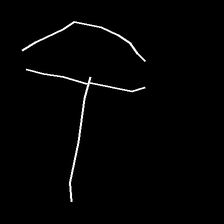
Glyph: dispersion